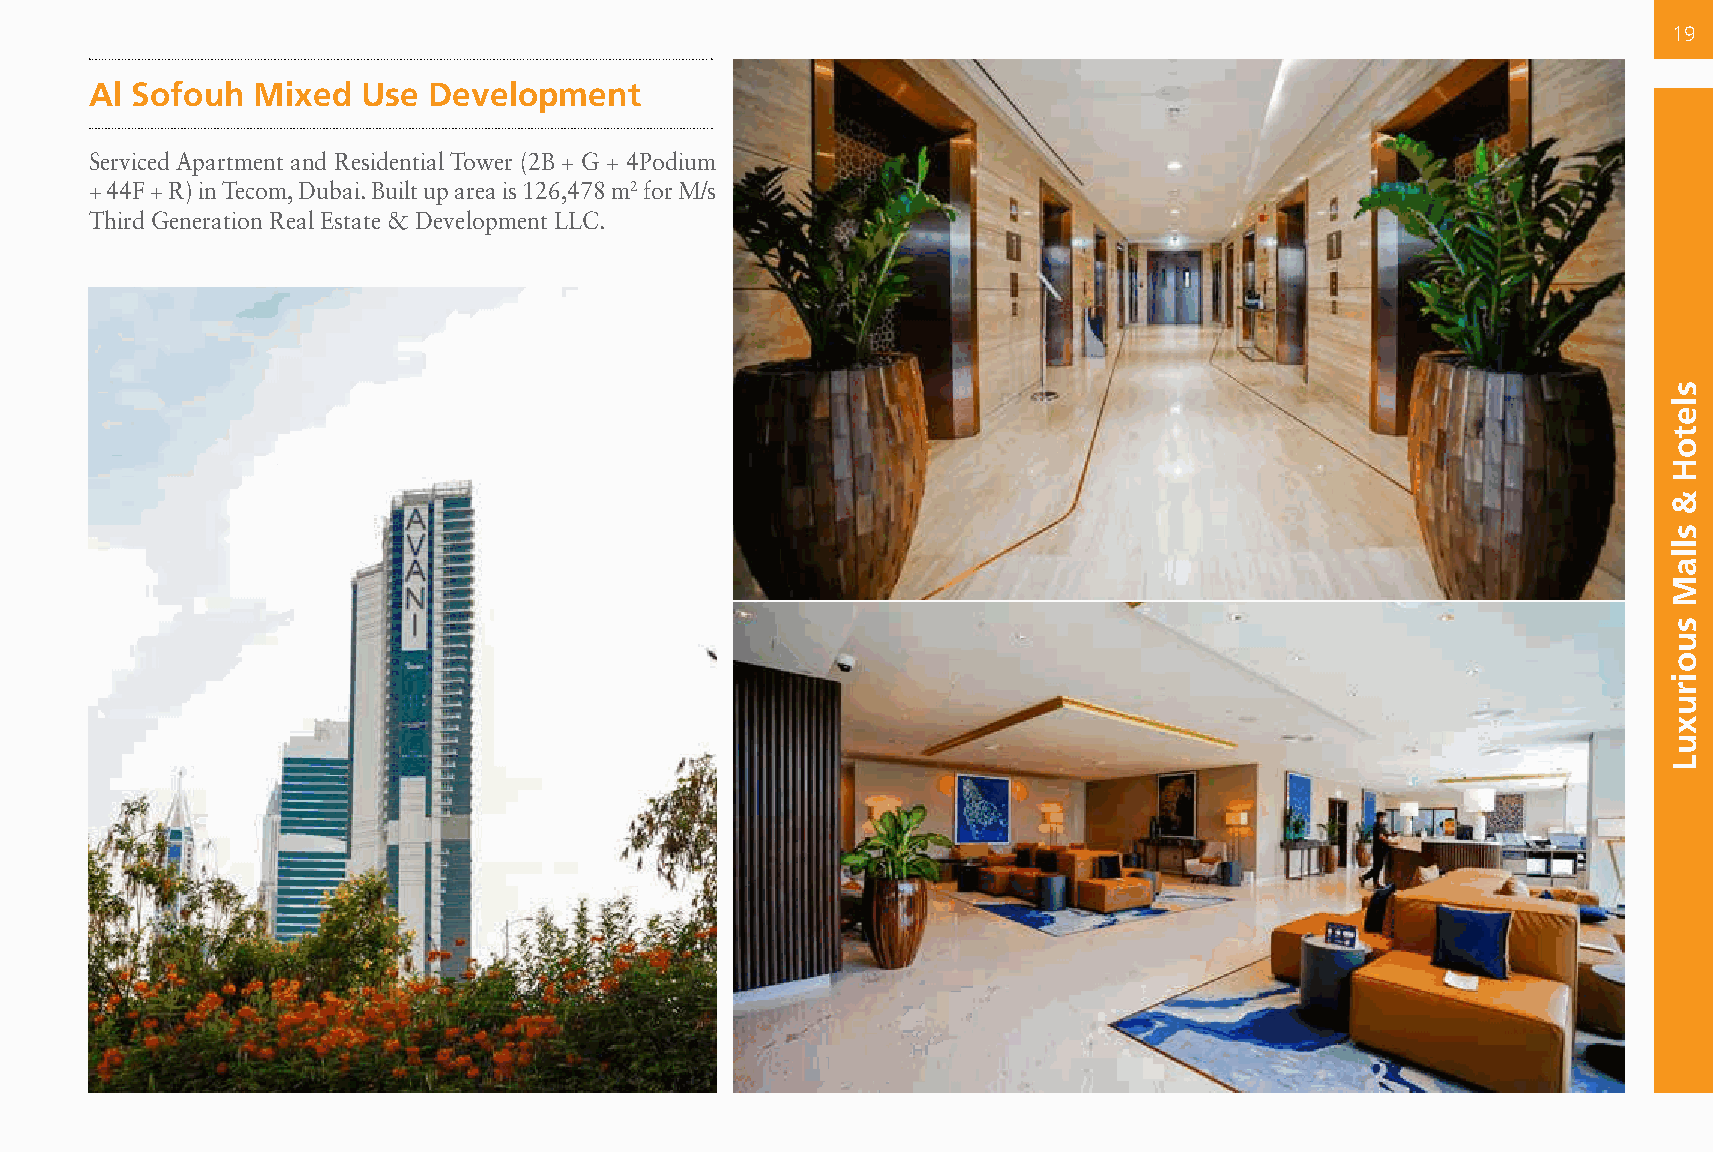
19
 Al Sofouh  Mixed  Use Development
 Serviced Apartment and Residential Tower (2B + G + 4Podium
 + 44F + R) in Tecom, Dubai. Built up area is 126,478 m2 for M/s
 Third Generation Real Estate & Development LLC.
 sletoH
 &
 sllaM
 suoiruxuL